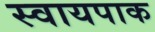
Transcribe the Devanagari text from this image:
स्वायपाक